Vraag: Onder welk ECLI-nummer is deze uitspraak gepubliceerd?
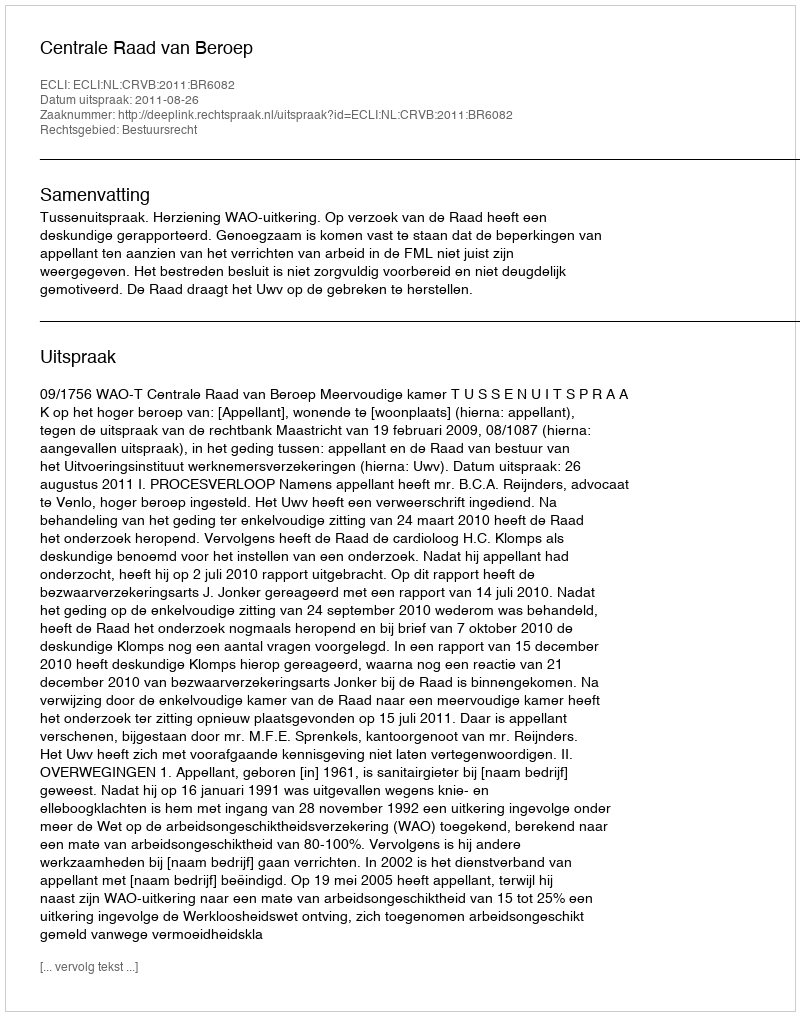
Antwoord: ECLI:NL:CRVB:2011:BR6082